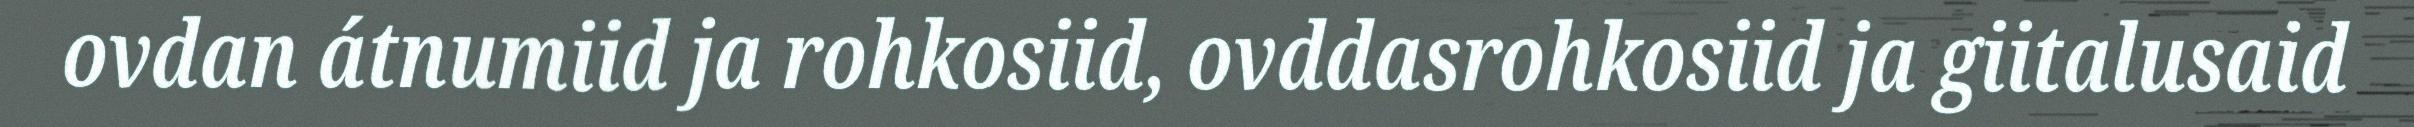
ovdan átnumiid ja rohkosiid, ovddasrohkosiid ja giitalusaid